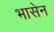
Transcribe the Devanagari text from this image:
भासेन